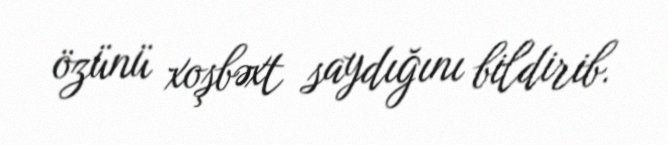
özünü xoşbəxt saydığını bildirib.